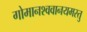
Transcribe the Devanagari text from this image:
गोमानश्ववानयमस्तु